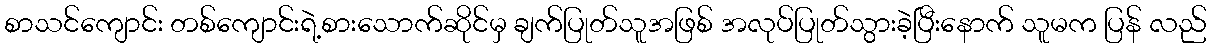
စာသင်ကျောင်း တစ်ကျောင်းရဲ့စားသောက်ဆိုင်မှ ချက်ပြုတ်သူအဖြစ် အလုပ်ပြုတ်သွားခဲ့ပြီးနောက် သူမက ပြန် လည်